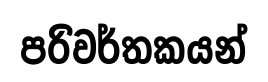
පරිවර්තකයන්